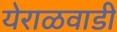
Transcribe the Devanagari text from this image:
येराळवाडी